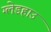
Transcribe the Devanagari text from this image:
ग्लेडहाउ